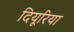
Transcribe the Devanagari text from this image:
दियूरिया